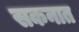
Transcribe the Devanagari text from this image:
सकनात